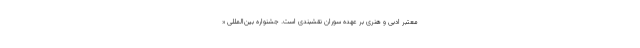
معتبر ادبی و هنری بر عهده سوران نقشبندی است. جشنواره بین‌المللی «